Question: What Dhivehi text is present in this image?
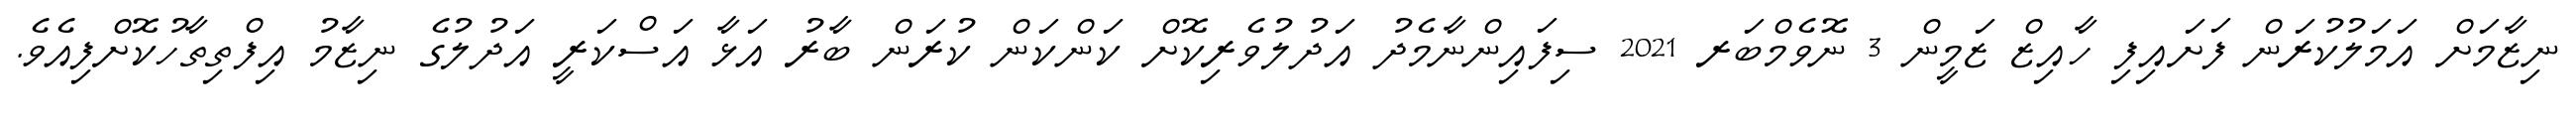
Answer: ނިޒާމަށް އަމަލުކުރަން ފަށައިފި ހާއިޒް ޒަމީން 3 ނޮވެމްބަރ 2021 ސިފައިންނާމެދު އަދުލުވެރިކޮށް ކަންކަން ކުރަން ބާރު އަޅާ އަސްކަރީ އަދުލުގެ ނިޒާމު އިފްތިތާހުކޮށްފިއެވެ.